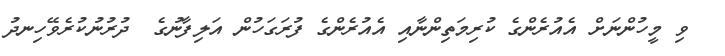
ވި މީހުންނަށް އެއުރެންގެ ކުރިމަތިންނާއި އެއުރެންގެ ފުރަގަހުން އަލިފާނުގެ  ދުރުނުކުރެވޭހިނދު